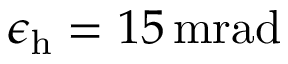
\epsilon _ { \mathrm { h } } = 1 5 \, \mathrm { m r a d }